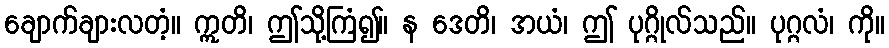
ချောက်ချားလတံ့။ ဣတိ၊ ဤသို့ကြံ၍။ န ဒေတိ၊ အယံ၊ ဤ ပုဂ္ဂိုလ်သည်။ ပုဂ္ဂလံ၊ ကို။